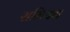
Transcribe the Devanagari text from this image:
समियन